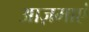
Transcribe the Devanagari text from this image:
आज़माएं